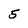
Character: 5